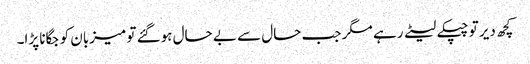
کچھ دیر تو چپکے لیٹے رہے مگر جب حال سے بے حال ہوگئے تو میزبان کو جگانا پڑا۔